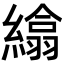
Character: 𦅖